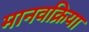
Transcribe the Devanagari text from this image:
मानवक्रिया